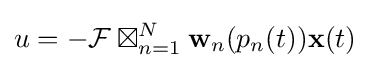
u=-{\mathcal {F}}\boxtimes _{n=1}^{N}\mathbf {w} _{n}(p_{n}(t))\mathbf {x} (t)